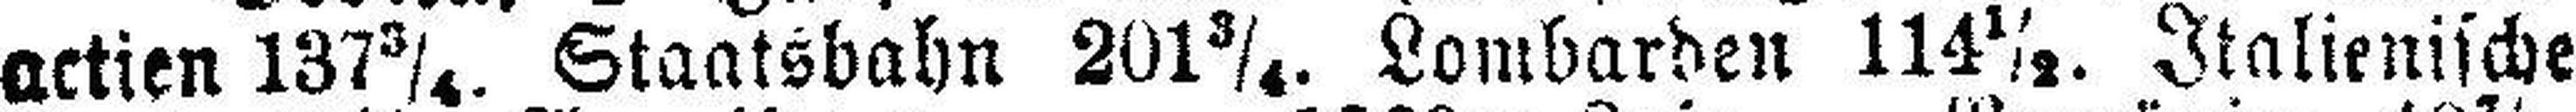
actien 137¾. Staatsbahn 201¾. Lombarden 114½. Italienische